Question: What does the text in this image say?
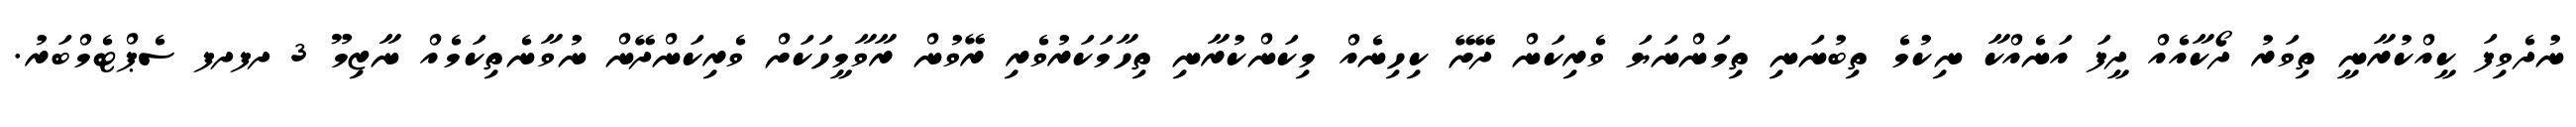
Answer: ނުދެވިފަ ކީއްކުރާނީ ތިވަރު ދޯކާއެއް ދީފަ އަނެއްކާ ނިކުމެ ތިބުނަނި ތިމަންނަޔަ ވެރިކަން ދޭށޭ ކިހިނެއް މިކަންކުރާނި ތިހާމަކަރުވެރި ރޭވުން ރާވާމީހަކަށް ވެރިކަންދޭން ނުވާނެތިކަމެއް ނާޒިމޫ 3 ދފދފ ސެޕްޓެމްބަރު.